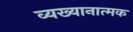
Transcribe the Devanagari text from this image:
व्यख्यानात्मक